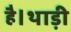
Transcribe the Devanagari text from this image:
है।थाड़ी